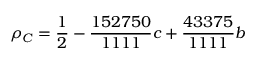
\rho _ { C } = \frac { 1 } { 2 } - \frac { 1 5 2 7 5 0 } { 1 1 1 1 } c + \frac { 4 3 3 7 5 } { 1 1 1 1 } b